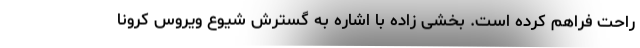
راحت فراهم کرده است. بخشی زاده با اشاره به گسترش شیوع ویروس کرونا